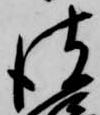
彼